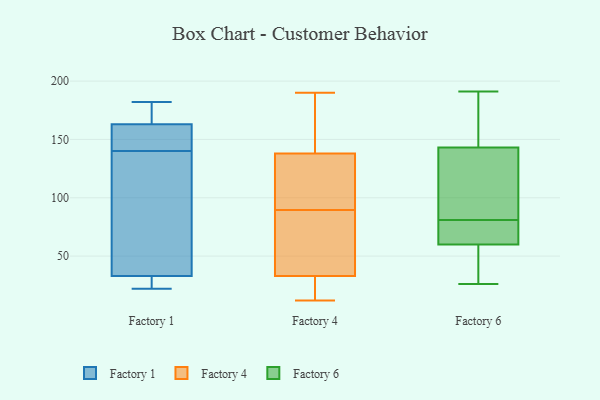
{"axis": {"x": "Latency (ms)", "y": "Value"}, "legend": ["Factory 1", "Factory 4", "Factory 6"], "data": [{"x": "", "y": 126, "type": "Factory 1"}, {"x": "", "y": 149, "type": "Factory 1"}, {"x": "", "y": 157, "type": "Factory 1"}, {"x": "", "y": 39, "type": "Factory 1"}, {"x": "", "y": 182, "type": "Factory 1"}, {"x": "", "y": 23, "type": "Factory 1"}, {"x": "", "y": 167, "type": "Factory 1"}, {"x": "", "y": 140, "type": "Factory 1"}, {"x": "", "y": 22, "type": "Factory 1"}, {"x": "", "y": 165, "type": "Factory 1"}, {"x": "", "y": 31, "type": "Factory 1"}, {"x": "", "y": 22, "type": "Factory 4"}, {"x": "", "y": 143, "type": "Factory 4"}, {"x": "", "y": 101, "type": "Factory 4"}, {"x": "", "y": 100, "type": "Factory 4"}, {"x": "", "y": 33, "type": "Factory 4"}, {"x": "", "y": 33, "type": "Factory 4"}, {"x": "", "y": 123, "type": "Factory 4"}, {"x": "", "y": 24, "type": "Factory 4"}, {"x": "", "y": 38, "type": "Factory 4"}, {"x": "", "y": 190, "type": "Factory 4"}, {"x": "", "y": 153, "type": "Factory 4"}, {"x": "", "y": 59, "type": "Factory 4"}, {"x": "", "y": 90, "type": "Factory 4"}, {"x": "", "y": 89, "type": "Factory 4"}, {"x": "", "y": 22, "type": "Factory 4"}, {"x": "", "y": 189, "type": "Factory 4"}, {"x": "", "y": 12, "type": "Factory 4"}, {"x": "", "y": 138, "type": "Factory 4"}, {"x": "", "y": 157, "type": "Factory 6"}, {"x": "", "y": 27, "type": "Factory 6"}, {"x": "", "y": 143, "type": "Factory 6"}, {"x": "", "y": 26, "type": "Factory 6"}, {"x": "", "y": 191, "type": "Factory 6"}, {"x": "", "y": 77, "type": "Factory 6"}, {"x": "", "y": 72, "type": "Factory 6"}, {"x": "", "y": 67, "type": "Factory 6"}, {"x": "", "y": 143, "type": "Factory 6"}, {"x": "", "y": 53, "type": "Factory 6"}, {"x": "", "y": 85, "type": "Factory 6"}, {"x": "", "y": 94, "type": "Factory 6"}]}